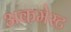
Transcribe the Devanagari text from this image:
अकमेस्ट